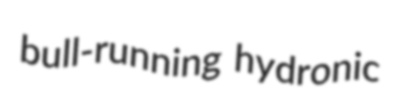
bull-running hydronic